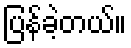
ပြန်ခဲ့တယ်။